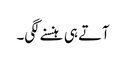
آتے ہی ہنسنے لگی۔